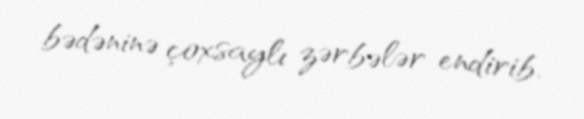
bədəninə çoxsaylı zərbələr endirib.